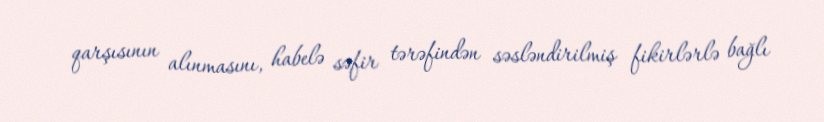
qarşısının alınmasını, habelə səfir tərəfindən səsləndirilmiş fikirlərlə bağlı